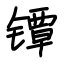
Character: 镡